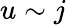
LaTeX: u\sim j